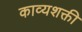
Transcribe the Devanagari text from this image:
काव्यशक्ती